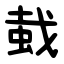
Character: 蛓